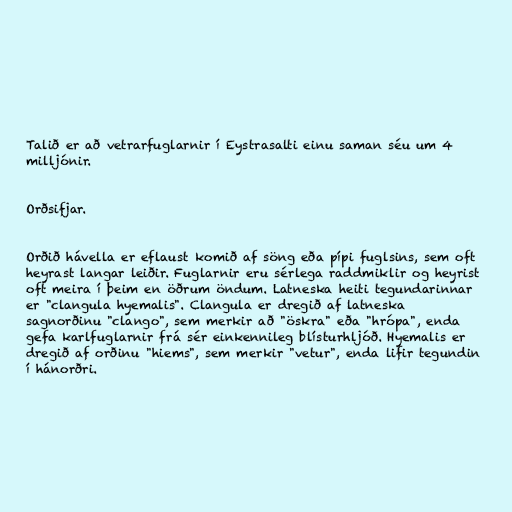
Talið er að vetrarfuglarnir í Eystrasalti einu saman séu um 4
milljónir.

Orðsifjar.

Orðið hávella er eflaust komið af söng eða pípi fuglsins, sem oft
heyrast langar leiðir. Fuglarnir eru sérlega raddmiklir og heyrist
oft meira í þeim en öðrum öndum. Latneska heiti tegundarinnar
er "clangula hyemalis". Clangula er dregið af latneska
sagnorðinu "clango", sem merkir að "öskra" eða "hrópa", enda
gefa karlfuglarnir frá sér einkennileg blísturhljóð. Hyemalis er
dregið af orðinu "hiems", sem merkir "vetur", enda lifir tegundin
í hánorðri.